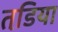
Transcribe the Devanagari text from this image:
तडि़या